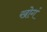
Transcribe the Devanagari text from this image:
खोगं